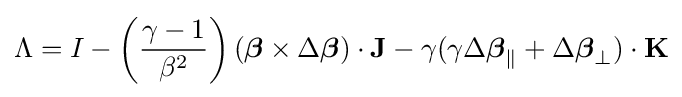
\Lambda =I-\left({\frac {\gamma -1}{\beta ^{2}}}\right)({\boldsymbol {\beta }}\times \Delta {\boldsymbol {\beta }})\cdot \mathbf {J} -\gamma (\gamma \Delta {\boldsymbol {\beta }}_{\parallel }+\Delta {\boldsymbol {\beta }}_{\perp })\cdot \mathbf {K}